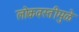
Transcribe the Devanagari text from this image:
लोकवस्तीमुळे